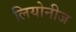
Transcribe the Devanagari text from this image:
लियोनीज